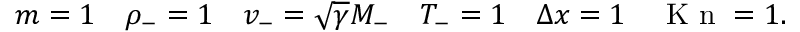
m = 1 \quad \rho _ { - } = 1 \quad v _ { - } = \sqrt { \gamma } M _ { - } \quad T _ { - } = 1 \quad \Delta x = 1 \quad \mathrm { ~ K ~ n ~ } = 1 .